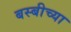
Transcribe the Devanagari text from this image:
बस्बीच्या